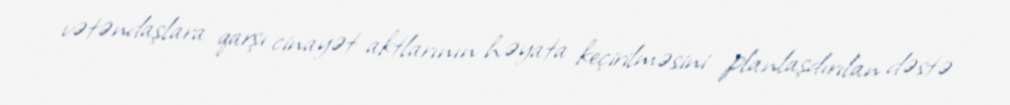
vətəndaşlara qarşı cinayət aktlarının həyata keçirilməsini planlaşdırılan dəstə